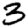
Digit: 3